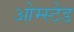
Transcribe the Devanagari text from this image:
ओम्स्टेड